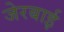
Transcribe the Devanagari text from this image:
जेरबाई